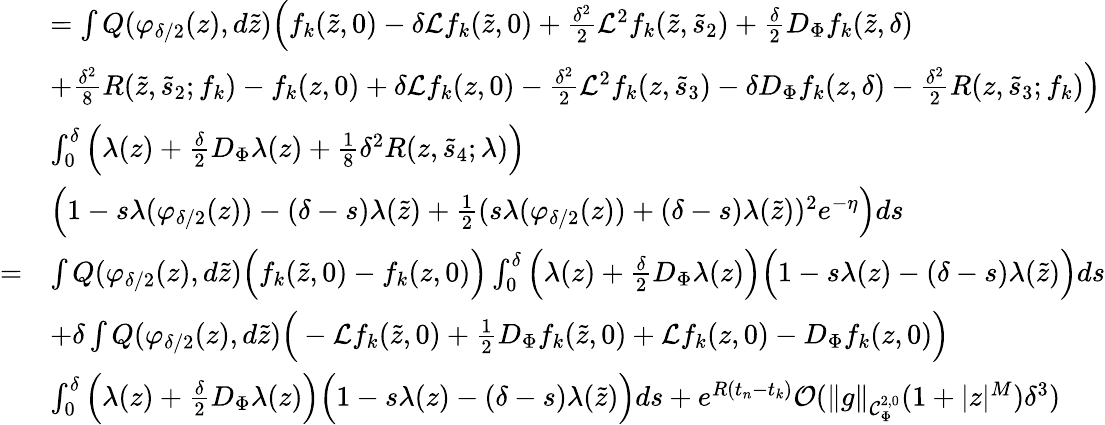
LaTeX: \begin{array}{rl}&{=\int Q(\varphi_{\delta/2}(z),d\tilde{z})\Big(f_{k}(\tilde{z},0)-\delta\mathcal{L}f_{k}(\tilde{z},0)+\frac{\delta^{2}}{2}\mathcal{L}^{2}f_{k}(\tilde{z},\tilde{s}_{2})+\frac{\delta}{2}D_{\Phi}f_{k}(\tilde{z},\delta)}\\ &{+\frac{\delta^{2}}{8}R(\tilde{z},\tilde{s}_{2};f_{k})-f_{k}(z,0)+\delta\mathcal{L}f_{k}(z,0)-\frac{\delta^{2}}{2}\mathcal{L}^{2}f_{k}(z,\tilde{s}_{3})-\delta D_{\Phi}f_{k}(z,\delta)-\frac{\delta^{2}}{2}R(z,\tilde{s}_{3};f_{k})\Big)}\\ &{\int_{0}^{\delta}\Big(\lambda(z)+\frac{\delta}{2}D_{\Phi}\lambda(z)+\frac{1}{8}\delta^{2}R(z,\tilde{s}_{4};\lambda)\Big)}\\ &{\Big(1-s\lambda(\varphi_{\delta/2}(z))-(\delta-s)\lambda(\tilde{z})+\frac{1}{2}(s\lambda(\varphi_{\delta/2}(z))+(\delta-s)\lambda(\tilde{z}))^{2}e^{-\eta}\Big)ds}\\ {=}&{\int Q(\varphi_{\delta/2}(z),d\tilde{z})\Big(f_{k}(\tilde{z},0)-f_{k}(z,0)\Big)\int_{0}^{\delta}\Big(\lambda(z)+\frac{\delta}{2}D_{\Phi}\lambda(z)\Big)\Big(1-s\lambda(z)-(\delta-s)\lambda(\tilde{z})\Big)ds}\\ &{+\delta\int Q(\varphi_{\delta/2}(z),d\tilde{z})\Big(-\mathcal{L}f_{k}(\tilde{z},0)+\frac{1}{2}D_{\Phi}f_{k}(\tilde{z},0)+\mathcal{L}f_{k}(z,0)-D_{\Phi}f_{k}(z,0)\Big)}\\ &{\int_{0}^{\delta}\Big(\lambda(z)+\frac{\delta}{2}D_{\Phi}\lambda(z)\Big)\Big(1-s\lambda(z)-(\delta-s)\lambda(\tilde{z})\Big)ds+e^{R(t_{n}-t_{k})}\mathcal{O}(\lVert g\rVert_{\mathcal{C}_{\Phi}^{2,0}}(1+\lvert z\rvert^{M})\delta^{3})}\end{array}